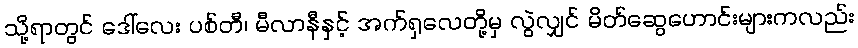
သို့ရာတွင် ဒေါ်လေး ပစ်တီ၊ မီလာနီနှင့် အက်ရှလေတို့မှ လွဲလျှင် မိတ်ဆွေဟောင်းများကလည်း